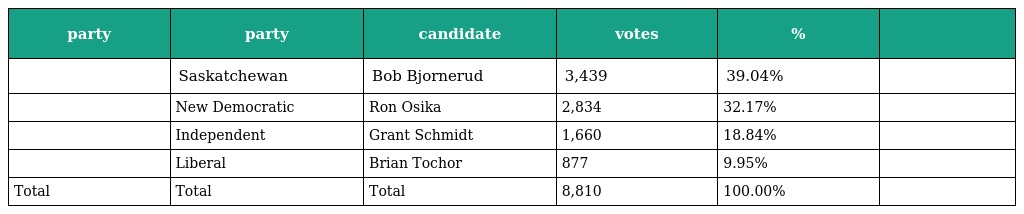
| party | party | candidate | votes | % |  |
 | --- | --- | --- | --- | --- | --- |
 |  | Saskatchewan | Bob Bjornerud | 3,439 | 39.04% |  |
 |  | New Democratic | Ron Osika | 2,834 | 32.17% |  |
 |  | Independent | Grant Schmidt | 1,660 | 18.84% |  |
 |  | Liberal | Brian Tochor | 877 | 9.95% |  |
 | Total | Total | Total | 8,810 | 100.00% |  |